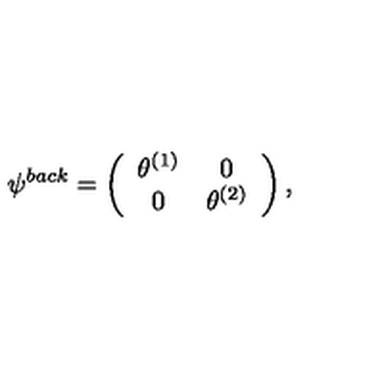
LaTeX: \psi ^ { b a c k } = \left( \begin{array} { c c } { \theta ^ { ( 1 ) } } & { 0 } \\ { 0 } & { \theta ^ { ( 2 ) } } \\ \end{array} \right) ,